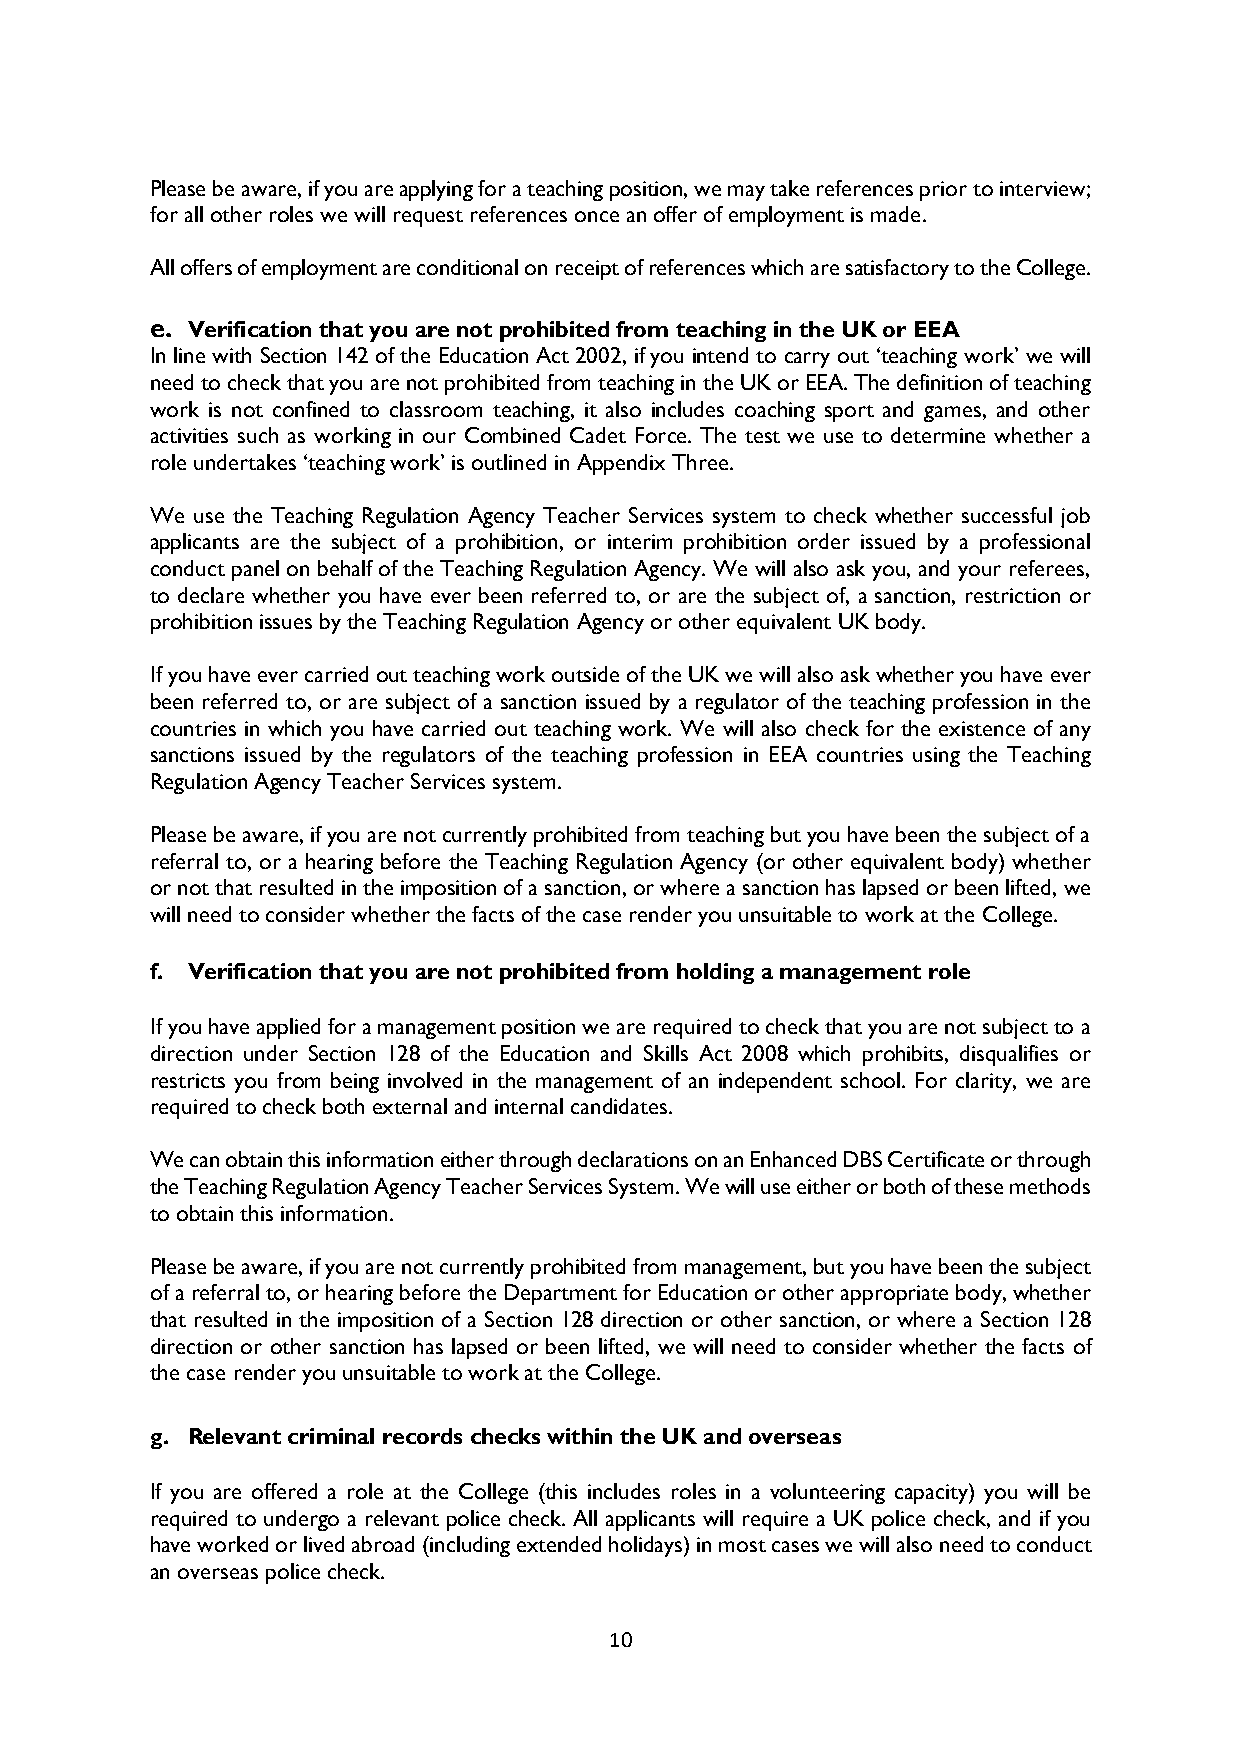
Please be aware, if you are applying for a teaching position, we may take references prior to interview;
 for all other roles we will request references once an offer of employment is made.
 All offers of employment are conditional on receipt of references which are satisfactory to the College.
 e. Verification that you are not prohibited from teaching in the UK or EEA
 In line with Section 142 of the Education Act 2002, if you intend to carry out ‘teaching work’ we will
 need to check that you are not prohibited from teaching in the UK or EEA. The definition of teaching
 work is not confined to classroom teaching, it also includes coaching sport and games, and other
 activities such as working in our Combined Cadet Force. The test we use to determine whether a
 role undertakes ‘teaching work’ is outlined in Appendix Three.
 We use the Teaching Regulation Agency Teacher Services system to check whether successful job
 applicants are the subject of a prohibition, or interim prohibition order issued by a professional
 conduct panel on behalf of the Teaching Regulation Agency. We will also ask you, and your referees,
 to declare whether you have ever been referred to, or are the subject of, a sanction, restriction or
 prohibition issues by the Teaching Regulation Agency or other equivalent UK body.
 If you have ever carried out teaching work outside of the UK we will also ask whether you have ever
 been referred to, or are subject of a sanction issued by a regulator of the teaching profession in the
 countries in which you have carried out teaching work. We will also check for the existence of any
 sanctions issued by the regulators of the teaching profession in EEA countries using the Teaching
 Regulation Agency Teacher Services system.
 Please be aware, if you are not currently prohibited from teaching but you have been the subject of a
 referral to, or a hearing before the Teaching Regulation Agency (or other equivalent body) whether
 or not that resulted in the imposition of a sanction, or where a sanction has lapsed or been lifted, we
 will need to consider whether the facts of the case render you unsuitable to work at the College.
 f. Verification that you are not prohibited from holding a management role
 If you have applied for a management position we are required to check that you are not subject to a
 direction under Section 128 of the Education and Skills Act 2008 which prohibits, disqualifies or
 restricts you from being involved in the management of an independent school. For clarity, we are
 required to check both external and internal candidates.
 We can obtain this information either through declarations on an Enhanced DBS Certificate or through
 the Teaching Regulation Agency Teacher Services System. We will use either or both of these methods
 to obtain this information.
 Please be aware, if you are not currently prohibited from management, but you have been the subject
 of a referral to, or hearing before the Department for Education or other appropriate body, whether
 that resulted in the imposition of a Section 128 direction or other sanction, or where a Section 128
 direction or other sanction has lapsed or been lifted, we will need to consider whether the facts of
 the case render you unsuitable to work at the College.
 g. Relevant criminal records checks within the UK and overseas
 If you are offered a role at the College (this includes roles in a volunteering capacity) you will be
 required to undergo a relevant police check. All applicants will require a UK police check, and if you
 have worked or lived abroad (including extended holidays) in most cases we will also need to conduct
 an overseas police check.
 10